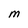
Character: M